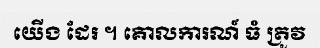
យើង ដែរ ។ គោលការណ៍ ធំ ត្រូវ